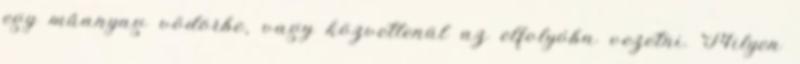
egy műanyag vödörbe, vagy közvetlenül az elfolyóba vezetni. Milyen